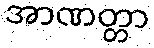
အာဏတ္တာ